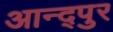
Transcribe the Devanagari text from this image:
आन्द्पुर